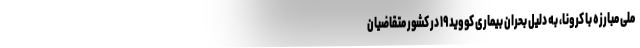
ملی مبارزه با کرونا، به دلیل بحران بیماری کووید ۱۹ در کشور متقاضیان